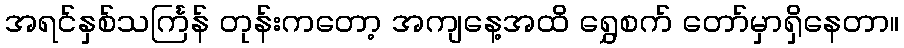
အရင်နှစ်သင်္ကြန် တုန်းကတော့ အကျနေ့အထိ ရွှေစက် တော်မှာရှိနေတာ။